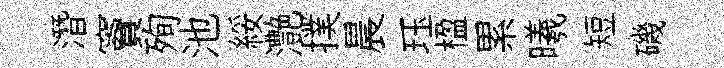
潛竇殉池綏灔撲晨珏楹累曦短磯